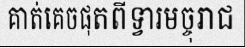
គាត់គេចផុតពីទ្វារមច្ចុរាជ